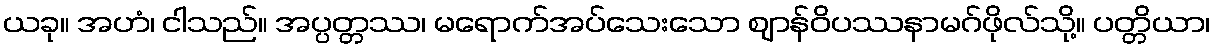
ယခု။ အဟံ၊ ငါသည်။ အပ္ပတ္တဿ၊ မရောက်အပ်သေးသော ဈာန်ဝိပဿနာမဂ်ဖိုလ်သို့။ ပတ္တိယာ၊